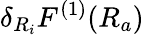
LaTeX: \delta_{R_{i}}F^{(1)}(R_{a})